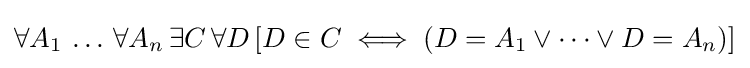
\forall A_{1}\,\ldots \,\forall A_{n}\,\exists C\,\forall D\,[D\in C\iff (D=A_{1}\lor \cdots \lor D=A_{n})]